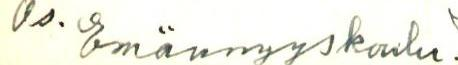
Os. Emännyyskoulu